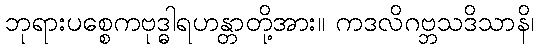
ဘုရားပစ္စေကဗုဒ္ဓါရဟန္တာတို့အား။ ကဒလိဂဗ္ဘသဒိသာနိ၊